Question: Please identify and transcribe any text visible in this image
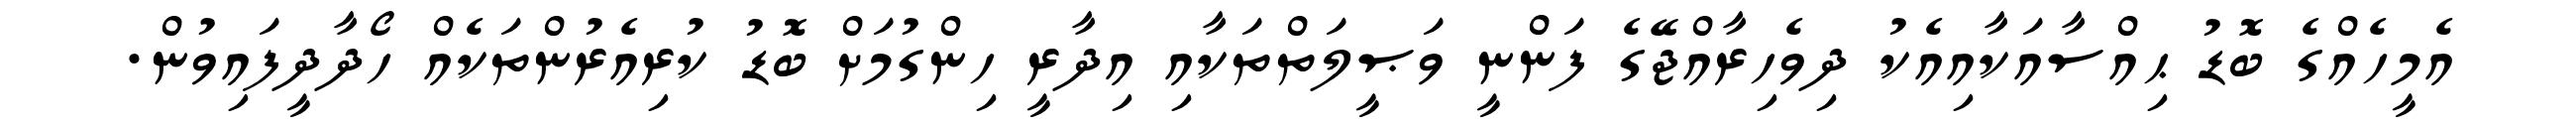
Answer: އެމީހެއްގެ ބޮޑު ޙިއްސާއަކާއިއެކު ދިވެހިރާއްޖޭގެ ފަންނީ ވަޞީލަތްތަކާއި އިދާރީ ހިންގުމަށް ބޮޑު ކުރިއެރުންތަކެއް ހޯދާދީފައިވުން.